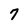
Character: 7